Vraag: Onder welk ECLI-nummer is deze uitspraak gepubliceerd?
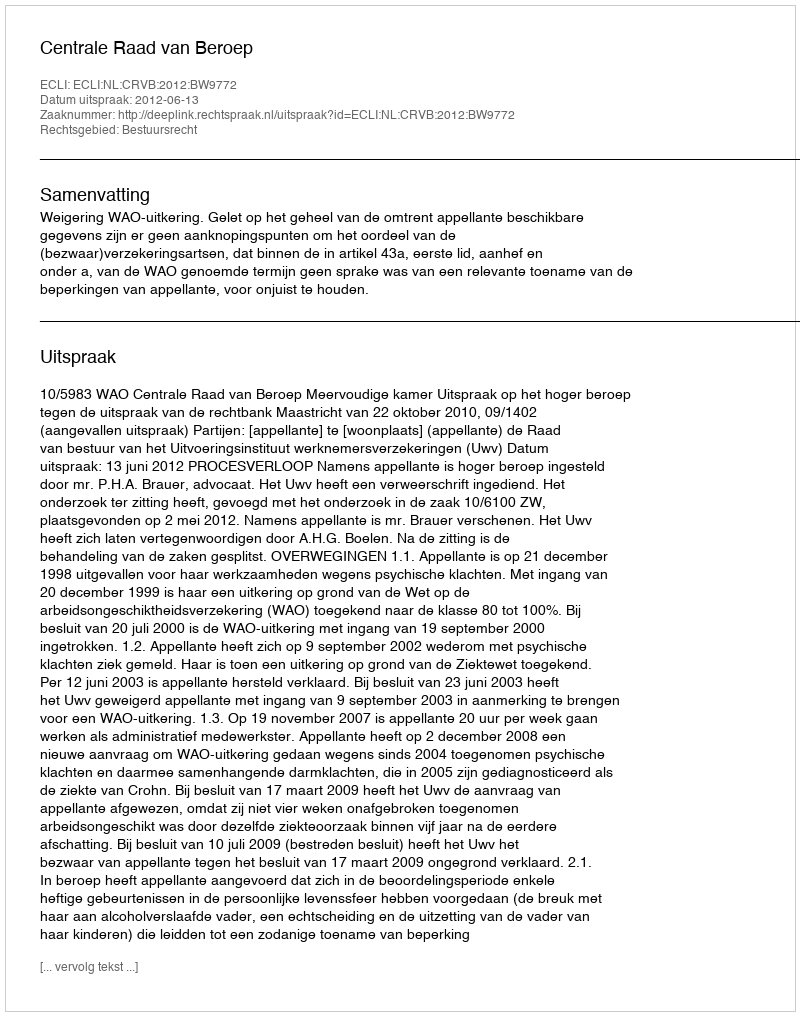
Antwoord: ECLI:NL:CRVB:2012:BW9772